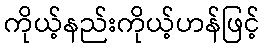
ကိုယ့်နည်းကိုယ့်ဟန်ဖြင့်